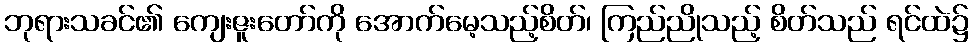
ဘုရားသခင်၏ ကျေးဇူးတော်ကို အောက်မေ့သည့်စိတ်၊ ကြည်ညိုသည့် စိတ်သည် ရင်ထဲ၌